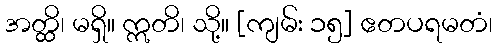
အတ္ထိ၊ မရှိ။ ဣတိ၊ သို့။ [ကျမ်း ၁၅] ဧတပရမတံ၊